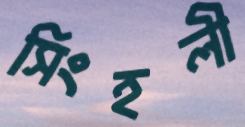
সিংহলী